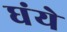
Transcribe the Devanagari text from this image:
घंये